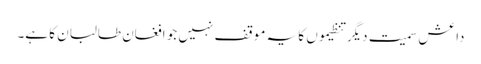
داعش سمیت دیگر تنظیموں کا یہ موقف نہیں جو افغان طالبان کا ہے۔